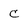
Character: C